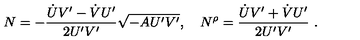
N = - \frac { \dot { U } V ^ { \prime } - \dot { V } U ^ { \prime } } { 2 U ^ { \prime } V ^ { \prime } } \sqrt { - A U ^ { \prime } V ^ { \prime } } , \quad N ^ { \rho } = \frac { \dot { U } V ^ { \prime } + \dot { V } U ^ { \prime } } { 2 U ^ { \prime } V ^ { \prime } } \ .